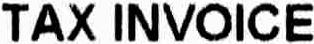
TAX INVOICE